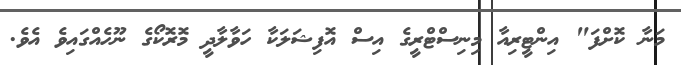
މަނާ ކޮށްފަ" އިންޓީރިއާ މިނިސްޓްރީގެ އިސް އޮފިޝަލަކާ ހަވާލާދީ މޮރޮކޯގެ ނޫހެއްގައިވެ އެވެ.